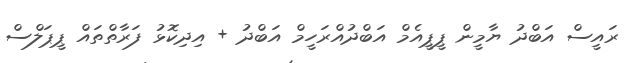
ރައީސް އަބްދު ޔާމީން ޕީޕީއެމް އަބްދުއްރަހީމް އަބްދު + އިދިކޮޅު ފަރާތްތައް ޕީޕަލްސް